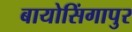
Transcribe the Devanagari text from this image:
बायोसिंगापुर